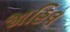
જાહિલ